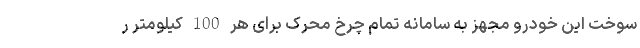
سوخت این خودرو مجهز به سامانه تمام چرخ محرک برای هر 100 کیلومتر ر